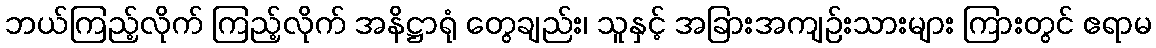
ဘယ်ကြည့်လိုက် ကြည့်လိုက် အနိဋ္ဌာရုံ တွေချည်း၊ သူနှင့် အခြားအကျဉ်းသားများ ကြားတွင် ဧရာမ